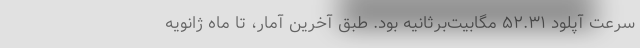
سرعت آپلود ۵۲.۳۱ مگابیت‌برثانیه بود. طبق آخرین آمار، تا ماه ژانویه